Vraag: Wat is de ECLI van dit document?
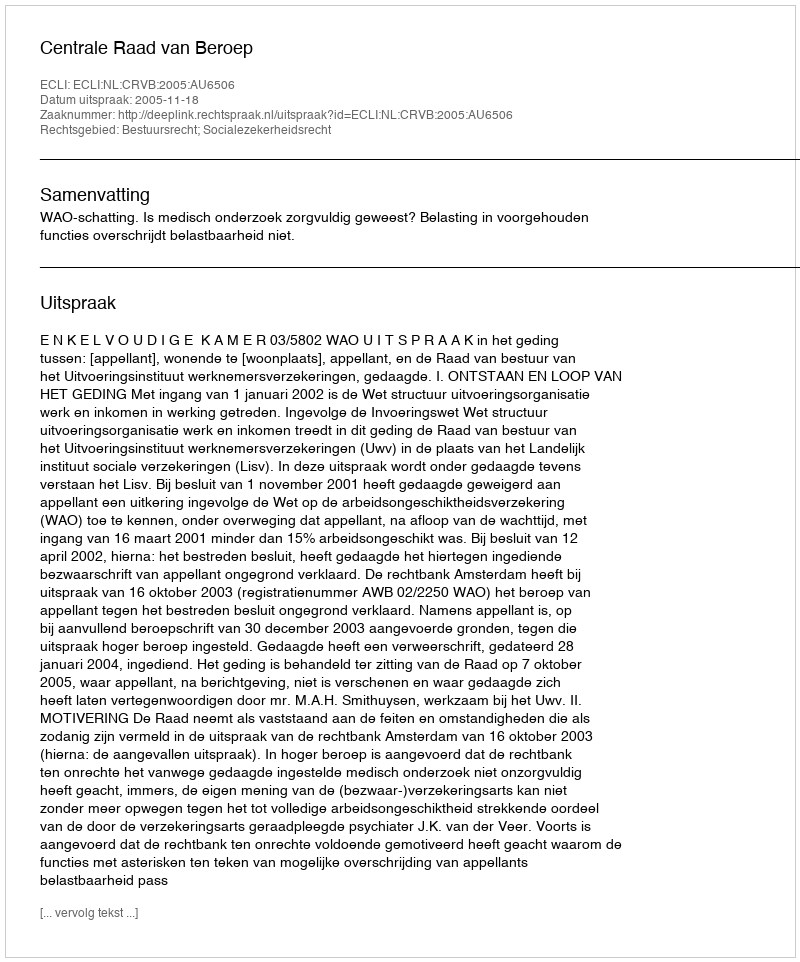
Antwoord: ECLI:NL:CRVB:2005:AU6506